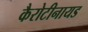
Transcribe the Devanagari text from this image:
कैरोटीनायड